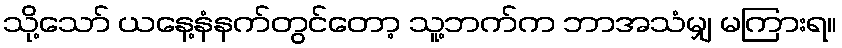
သို့သော် ယနေ့နံနက်တွင်တော့ သူ့ဘက်က ဘာအသံမျှ မကြားရ။